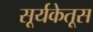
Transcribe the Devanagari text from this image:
सूर्यकेतूस